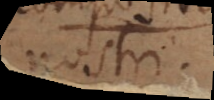
nostri.